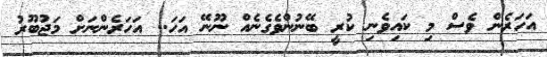
އަހަރެން ވެސް މި ކައިވެނި ކުރީ ބޭނުންވެގެނެއް ނޫނޭ އަހަ.. އަހަރެންނަށް މަޖުބޫރު